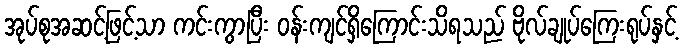
အုပ်စုအဆင့်ဖြင့်သာ ကင်းကွာပြီး ဝန်းကျင်ရှိကြောင်းသိရသည် ဗိုလ်ချုပ်ကြေးရုပ်နှင့်